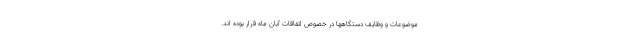
موضوعات و وظایف دستگاهها در خصوص اتفاقات آبان ماه قرار بوده اند.